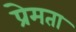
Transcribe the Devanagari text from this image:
प्रेमता